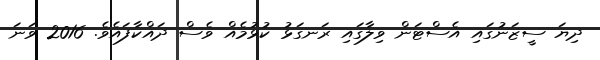
ދިޔަ ސީޒަނުގައި އެސްޓަން ވިލާގައި ރަނގަޅު ކުޅުމެއް ވެސް ދައްކާފައެވެ. 2016 ވަނަ